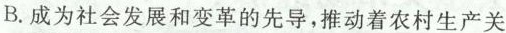
B.成为社会发展和变革的先导，推动着农村生产关